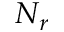
N _ { r }